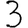
Digit: 3